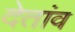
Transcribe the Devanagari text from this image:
देतांव